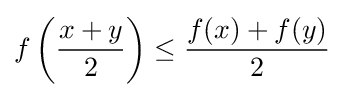
f\left({\frac {x+y}{2}}\right)\leq {\frac {f(x)+f(y)}{2}}